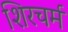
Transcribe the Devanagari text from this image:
शिरचर्म